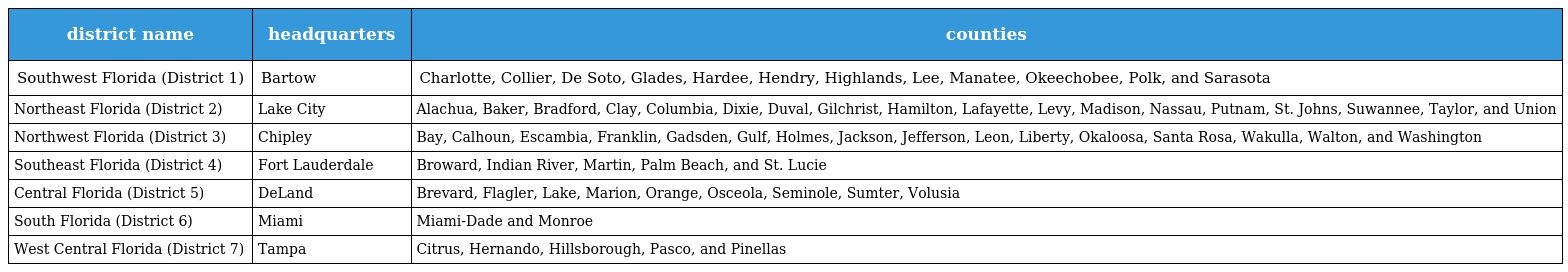
| district name | headquarters | counties |
 | --- | --- | --- |
 | Southwest Florida (District 1) | Bartow | Charlotte, Collier, De Soto, Glades, Hardee, Hendry, Highlands, Lee, Manatee, Okeechobee, Polk, and Sarasota |
 | Northeast Florida (District 2) | Lake City | Alachua, Baker, Bradford, Clay, Columbia, Dixie, Duval, Gilchrist, Hamilton, Lafayette, Levy, Madison, Nassau, Putnam, St. Johns, Suwannee, Taylor, and Union |
 | Northwest Florida (District 3) | Chipley | Bay, Calhoun, Escambia, Franklin, Gadsden, Gulf, Holmes, Jackson, Jefferson, Leon, Liberty, Okaloosa, Santa Rosa, Wakulla, Walton, and Washington |
 | Southeast Florida (District 4) | Fort Lauderdale | Broward, Indian River, Martin, Palm Beach, and St. Lucie |
 | Central Florida (District 5) | DeLand | Brevard, Flagler, Lake, Marion, Orange, Osceola, Seminole, Sumter, Volusia |
 | South Florida (District 6) | Miami | Miami-Dade and Monroe |
 | West Central Florida (District 7) | Tampa | Citrus, Hernando, Hillsborough, Pasco, and Pinellas |